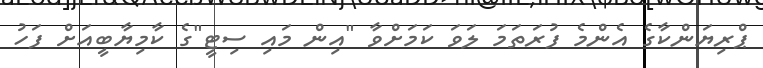
ޕްރިޔަންކާގެ އެންމެ ފުރަތަމަ ލަވަ ކަމަށްވާ "އިން މައި ސިޓީ"ގެ ކާމިޔާބީއަށް ފަހު